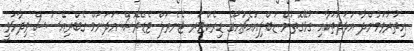
އިތުރުވަމުންދާ އަދަދުތަކާއި ގުޅޭގޮތުން ޑަބްލިއުއެޗުއޯގެ ޑިރެކްޓަރ ޖެނެރަލް ޓެޑްރޮސް އަދަނަމް ގެބްރިއޭސުސް ވިދާޅުވީ